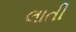
લાતી